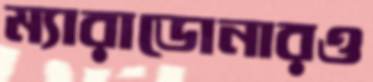
ম্যারাডোনারও